Report on vaccination in Madras 1922-1929 - 1922-1929
Year: 1922
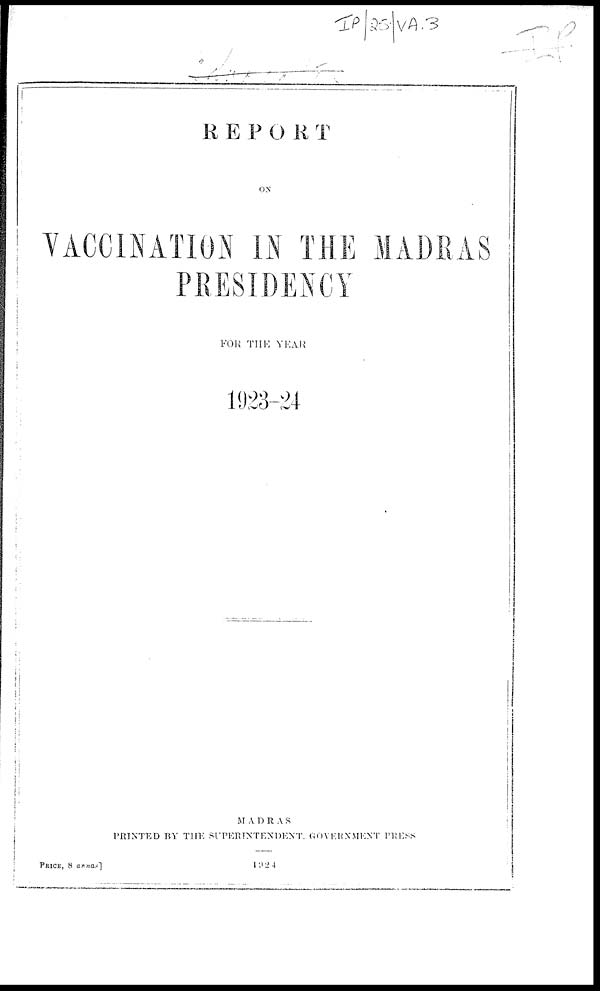
REPORT
ON
VACCINATION IN THE MADRAS
PRESIDENCY
FOR THE YEAR
1923-24
MADRAS
PRINTED BY THE SUPERINTENDENT, GOVERNMENT PRESS
1924
PRICE, 8 annas]